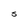
Character: s